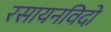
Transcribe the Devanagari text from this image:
रसायनविदों